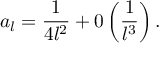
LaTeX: a _ { l } = \displaystyle \frac { 1 } { 4 l ^ { 2 } } + 0 \left( \displaystyle \frac { 1 } { l ^ { 3 } } \right) .